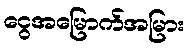
ငွေအမြောက်အမြား